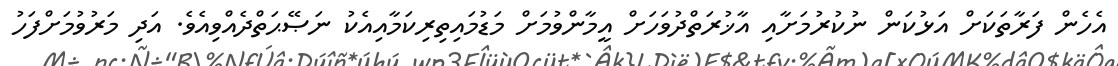
އެހެން ފަރާތަކަށް އަޅުކަން ނުކުރުމަށާއި އާޚުރަތްދުވަހަށް އީމާންވުމަށް މަޑުމައިތިރިކަމާއިއެކު ނަޞޭޙަތްދެއްވިއެވެ. އަދި މަރުވުމަށްފަހު